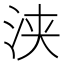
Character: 浃